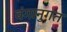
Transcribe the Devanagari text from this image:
वंगानुगत